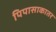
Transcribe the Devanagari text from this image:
पिपासाकातर